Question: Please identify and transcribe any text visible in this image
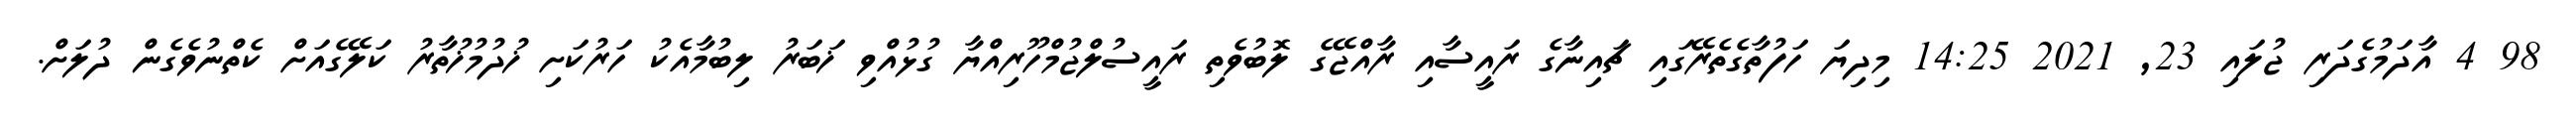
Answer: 98 4 އާދަމުގެދަރި ޖުލައި 23, 2021 14:25 މިދިޔަ ހަފުތާގެތެރޭގައި ޗައިނާގެ ރައީސާއި ރާއްޖޭގެ ލޮބުވެތި ރައީސުލްޖުމްހޫރިއްޔާ ގުޅުއްވި ޚަބަރު ލިބުމާއެކު ހަރުކަށި ޚުދުމުޚުތާރު ކަލޭގެއަށް ކެތްނުވެގެން ދުލަށް.